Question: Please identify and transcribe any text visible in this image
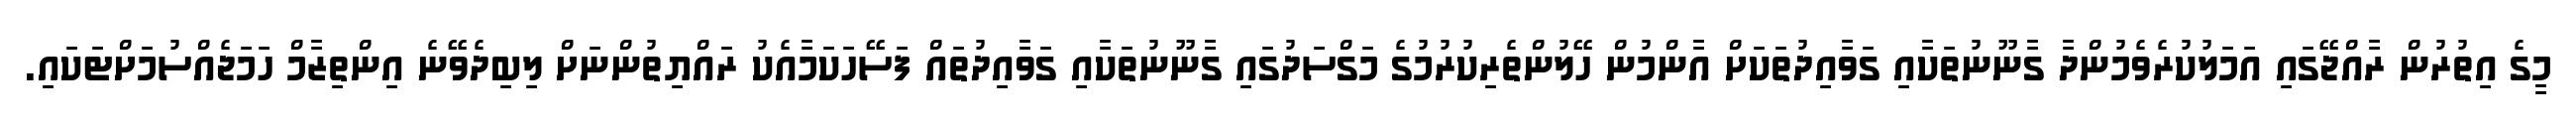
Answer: މީގެ އިތުރުން ރާއްޖޭގައި އަމަލުކުރެވެމުންދާ ގާނޫނުތަކާއި ގަވާއިދުތަކަށް އާންމުން ހޭލުންތެރިކުރުމުގެ މަގްސަދުގައި ގާނޫނުތަކާއި ގަވާއިދުތައް ފަސޭހަކަމާއެކު ރައްޔިތުންނަށް ލިބިދެވޭނެ އިންތިޒާމް ހަމަޖެއްސުމަށްޓަކައި.